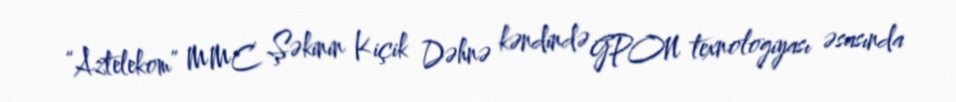
“Aztelekom” MMC Şəkinin Kiçik Dəhnə kəndində GPON texnologiyası əsasında